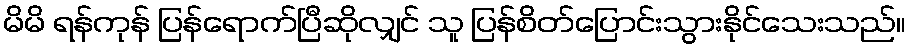
မိမိ ရန်ကုန် ပြန်ရောက်ပြီဆိုလျှင် သူ ပြန်စိတ်ပြောင်းသွားနိုင်သေးသည်။